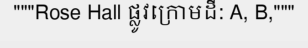
"""Rose Hall ផ្លូវក្រោមដី: A, B,"""